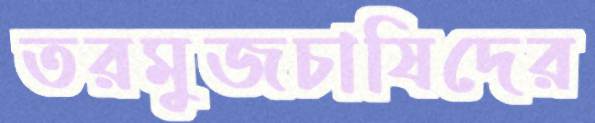
তরমুজচাষিদের